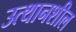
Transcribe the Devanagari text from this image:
उत्थानशील